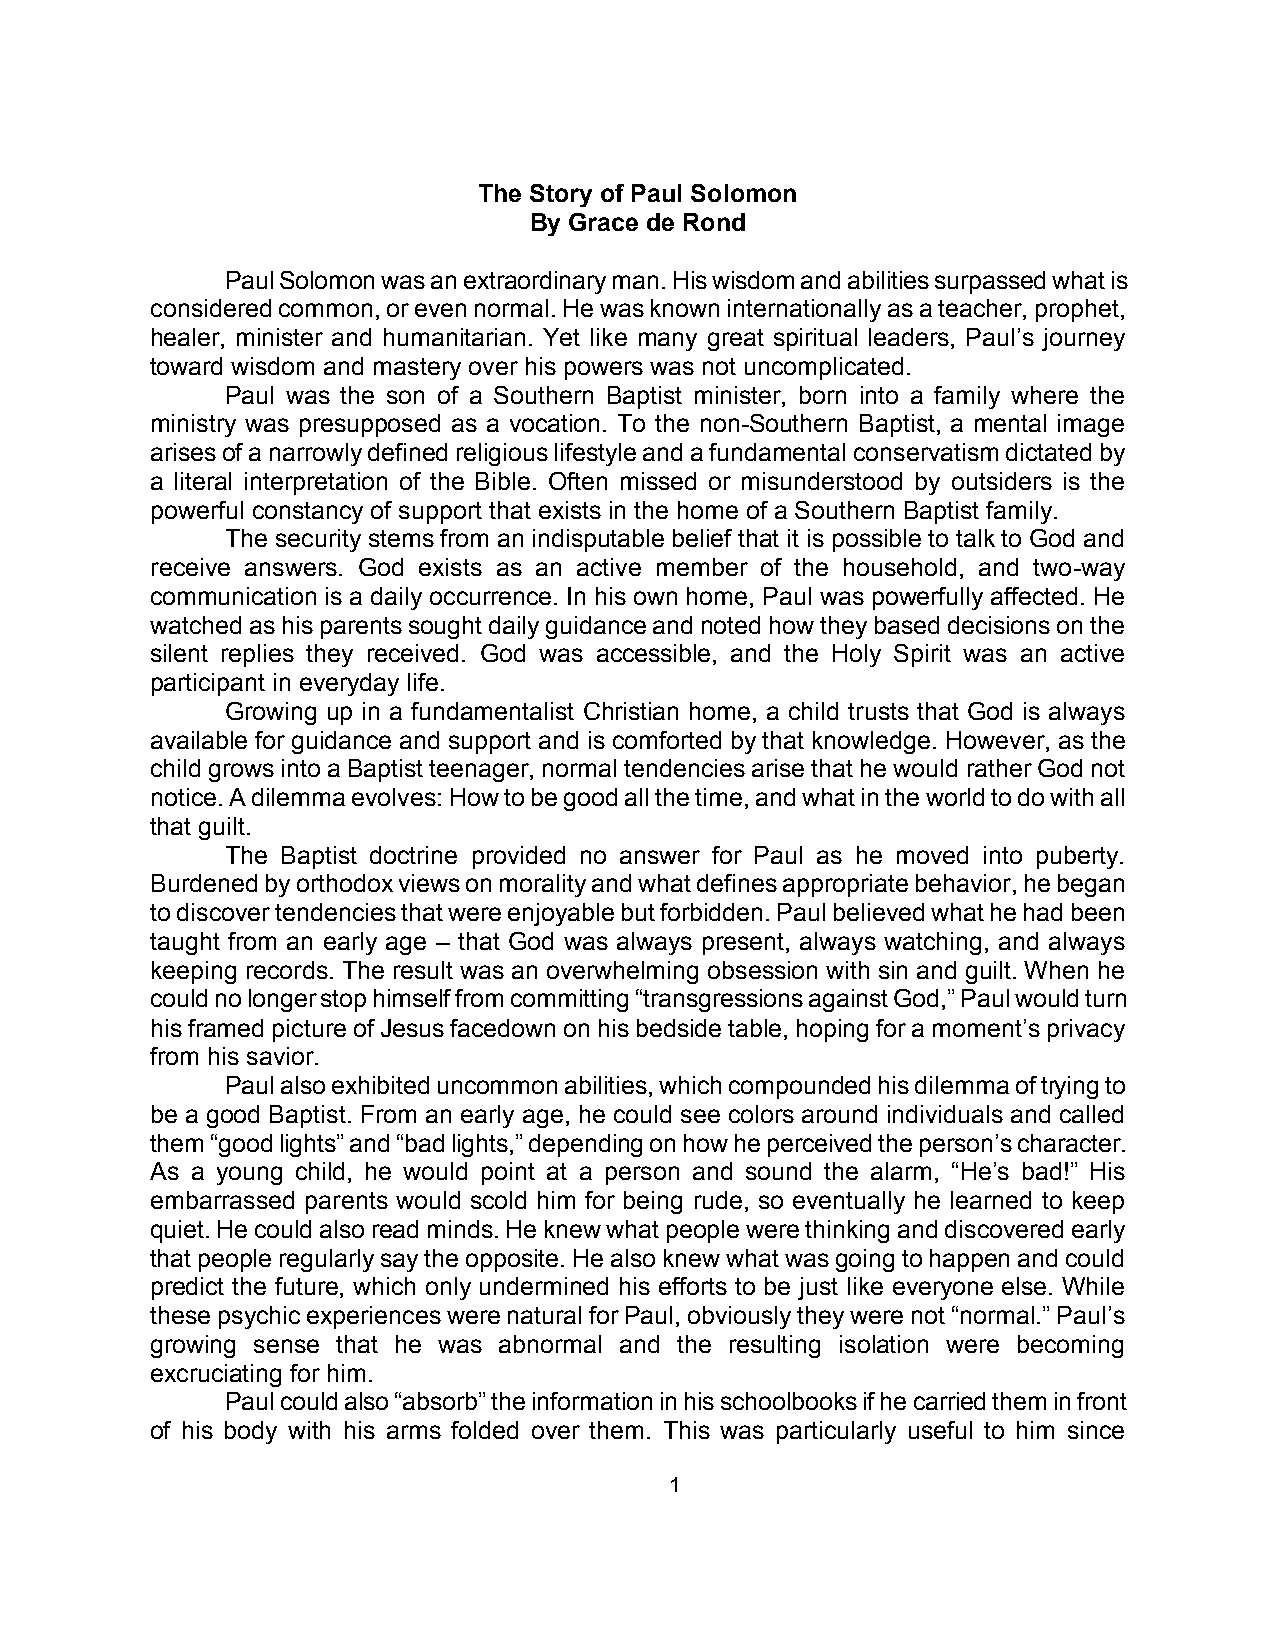
The Story of Paul Solomon
 By Grace de Rond
 Paul Solomon was an extraordinary man. His wisdom and abilities surpassed what is
 considered common, or even normal. He was known internationally as a teacher, prophet,
 healer, minister and humanitarian. Yet like many great spiritual leaders, Paul’s journey
 toward wisdom and mastery over his powers was not uncomplicated.
 Paul was the son of a Southern Baptist minister, born into a family where the
 ministry was presupposed as a vocation. To the non-Southern Baptist, a mental image
 arises of a narrowly defined religious lifestyle and a fundamental conservatism dictated by
 a literal interpretation of the Bible. Often missed or misunderstood by outsiders is the
 powerful constancy of support that exists in the home of a Southern Baptist family.
 The security stems from an indisputable belief that it is possible to talk to God and
 receive answers. God exists as an active member of the household, and two-way
 communication is a daily occurrence. In his own home, Paul was powerfully affected. He
 watched as his parents sought daily guidance and noted how they based decisions on the
 silent replies they received. God was accessible, and the Holy Spirit was an active
 participant in everyday life.
 Growing up in a fundamentalist Christian home, a child trusts that God is always
 available for guidance and support and is comforted by that knowledge. However, as the
 child grows into a Baptist teenager, normal tendencies arise that he would rather God not
 notice. A dilemma evolves: How to be good all the time, and what in the world to do with all
 that guilt.
 The Baptist doctrine provided no answer for Paul as he moved into puberty.
 Burdened by orthodox views on morality and what defines appropriate behavior, he began
 to discover tendencies that were enjoyable but forbidden. Paul believed what he had been
 taught from an early age – that God was always present, always watching, and always
 keeping records. The result was an overwhelming obsession with sin and guilt. When he
 could no longer stop himself from committing “transgressions against God,” Paul would turn
 his framed picture of Jesus facedown on his bedside table, hoping for a moment’s privacy
 from his savior.
 Paul also exhibited uncommon abilities, which compounded his dilemma of trying to
 be a good Baptist. From an early age, he could see colors around individuals and called
 them “good lights” and “bad lights,” depending on how he perceived the person’s character.
 As a young child, he would point at a person and sound the alarm, “He’s bad!” His
 embarrassed parents would scold him for being rude, so eventually he learned to keep
 quiet. He could also read minds. He knew what people were thinking and discovered early
 that people regularly say the opposite. He also knew what was going to happen and could
 predict the future, which only undermined his efforts to be just like everyone else. While
 these psychic experiences were natural for Paul, obviously they were not “normal.” Paul’s
 growing sense that he was abnormal and the resulting isolation were becoming
 excruciating for him.
 Paul could also “absorb” the information in his schoolbooks if he carried them in front
 of his body with his arms folded over them. This was particularly useful to him since
 1